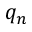
q _ { n }